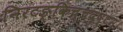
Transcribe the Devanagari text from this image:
निरटङ्किच्चदुष्टम्।